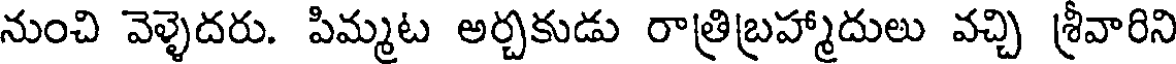
నుంచి వెళ్ళెదరు. పిమ్మట అర్చకుడు రాత్రిబ్రహ్మాదులు వచ్చి శ్రీవారిని